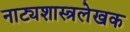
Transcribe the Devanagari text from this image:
नाट्यशास्त्रलेखक